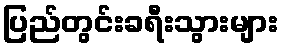
ပြည်တွင်းခရီးသွားများ